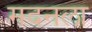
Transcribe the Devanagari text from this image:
मदनला